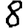
Digit: 8